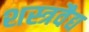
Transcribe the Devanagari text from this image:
शस्त्रवैद्य